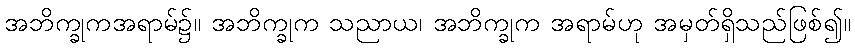
အဘိက္ခုကအရာမ်၌။ အဘိက္ခုက သညာယ၊ အဘိက္ခုက အရာမ်ဟု အမှတ်ရှိသည်ဖြစ်၍။